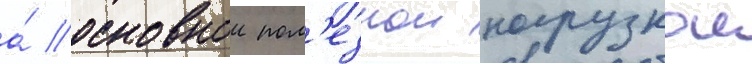
а́ основнои пол'езнои нагрузкои